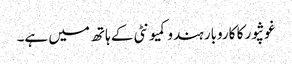
غوثپور کا کاروبار ہندو کمیونٹی کے ہاتھ میں ہے۔